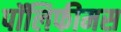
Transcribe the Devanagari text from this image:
पॉलिफीमस